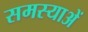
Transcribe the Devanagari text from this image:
समस्याअें